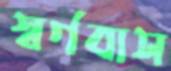
স্বর্গবাস